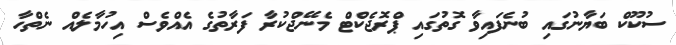
ސުކޫކް ބަޔާނުގައި ބުނެފައިވާ ގޮތުގައި ޕްރޮޖެކްޓް މެނޭޖްކުރާ ފަރާތުގެ އެއްވެސް އިހުމާލެއް ނެތްހާ